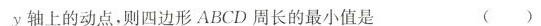
y轴上的动点，则四边形ABCD周长的最小值是 ( )